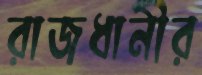
রাজধানীর